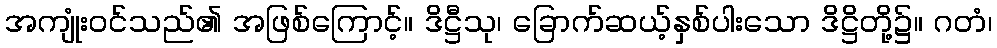
အကျုံးဝင်သည်၏ အဖြစ်ကြောင့်။ ဒိဋ္ဌီသု၊ ခြောက်ဆယ့်နှစ်ပါးသော ဒိဋ္ဌိတို့၌။ ဂတံ၊